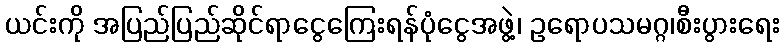
ယင်းကို အပြည်ပြည်ဆိုင်ရာငွေကြေးရန်ပုံငွေအဖွဲ့၊ ဥရောပသမဂ္ဂ၊စီးပွားရေး